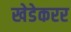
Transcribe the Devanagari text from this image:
खेडेकरर